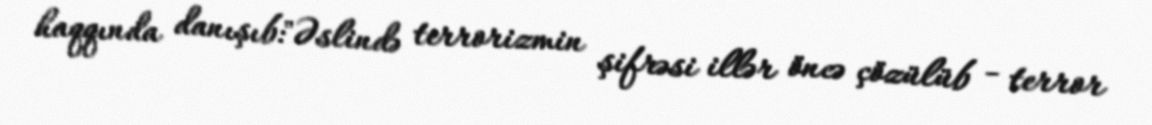
haqqında danışıb:"Əslində terrorizmin şifrəsi illər öncə çözülüb - terror